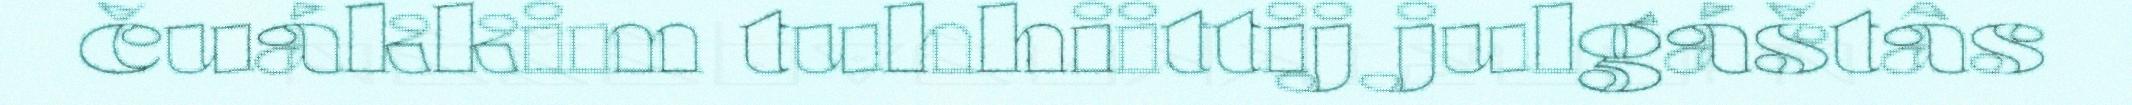
čuákkim tuhhiittij julgáštâs